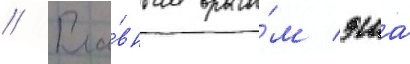
// Гла́вным враго́м эша